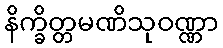
နိက္ခိတ္တမဏိသုဝဏ္ဏာ